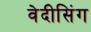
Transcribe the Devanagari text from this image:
वेदीसिंग